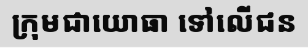
ក្រុមជាយោធា ទៅលើជន